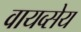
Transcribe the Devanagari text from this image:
वायव्सेय